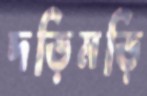
দড়িমড়ি